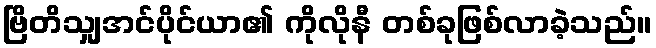
ဗြိတိသျှအင်ပိုင်ယာ၏ ကိုလိုနီ တစ်ခုဖြစ်လာခဲ့သည်။